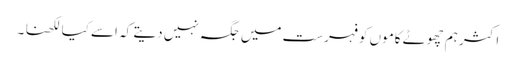
اکثر ہم چھوٹے کاموں کو فہرست میں جگہ نہیں دیتے کہ اسے کیا لکھنا ۔